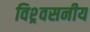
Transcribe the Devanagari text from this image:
विश्र्वसनीय